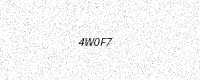
Text: 4W0F7